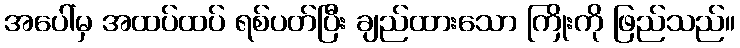
အပေါ်မှ အထပ်ထပ် ရစ်ပတ်ပြီး ချည်ထားသော ကြိုးကို ဖြည်သည်။